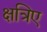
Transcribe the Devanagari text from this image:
क्षत्रिए